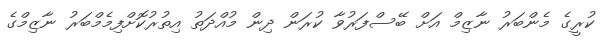
ކުރީގެ މެންބަރު ނާޒިމް އަށް ބޭސްފަރުވާ ކުރަން ދިން މުއްދަތު އިތުރުކޮށްފިމެމްބަރު ނާޒިމްގެ